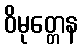
ဝိမုတ္တေန